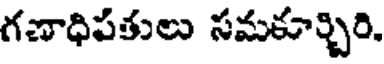
గణాధిపతులు సమకూర్చిరి.